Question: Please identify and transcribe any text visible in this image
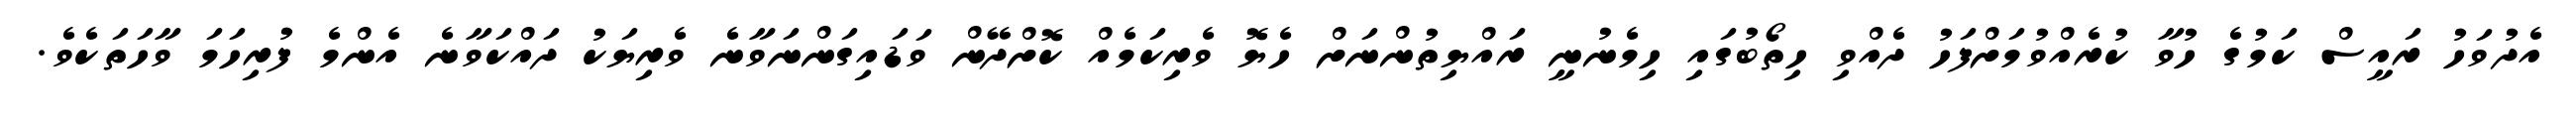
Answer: އެދުވަހު ރައީސް ކަމުގެ ހުވާ ކުރެއްވުމަށްފަހު ދެއްވި ހިތޯބުގައި ހިމެނުނީ ރައްޔިތުންނަށް ހެޔޮ ވެރިކަމެއް ކޮށްދޭން ވަޑައިގަންނަވާނެ ވެރިޔަކު ދައްކަވާނެ އެންމެ ފުރިހަމަ ވާހަތަކެވެ.